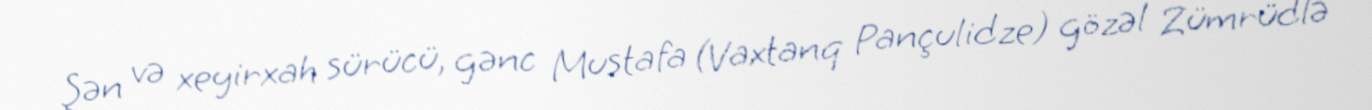
Şən və xeyirxah sürücü, gənc Mustafa (Vaxtanq Pançulidze) gözəl Zümrüdlə